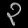
Digit: ၃